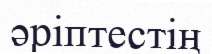
әріптестің